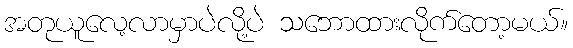
အတုယူလေ့လာမှာပဲလို့ပဲ သဘောထားလိုက်တော့မယ်။